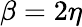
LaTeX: \beta=2\eta